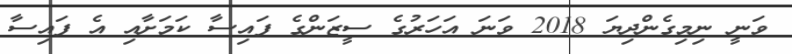
ވަނީ ނިމިގެންދިޔަ 2018 ވަނަ އަހަރުގެ ސީޒަންގެ ފައިސާ ކަމަށާއި އެ ފައިސާ